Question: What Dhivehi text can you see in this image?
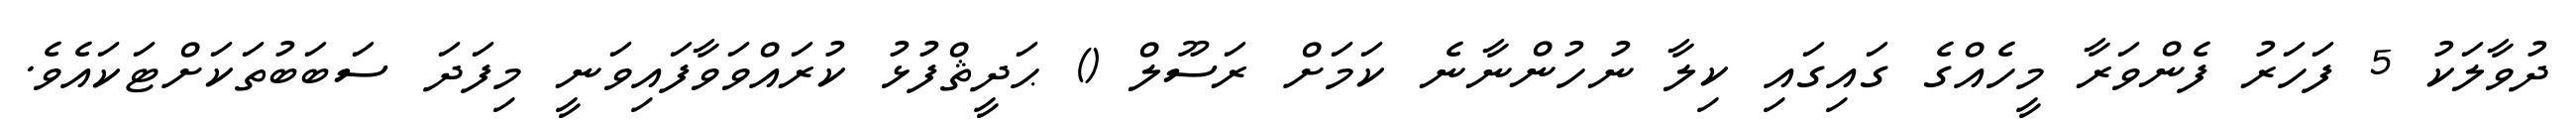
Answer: ދުވާލަކު 5 ފަހަރު ފެންވަރާ މީހެއްގެ ގައިގައި ކިލާ ނުހުންނާނެ ކަމަށް ރަސޫލް () ޙަދީޘްފުޅު ކުރައްވަވާފައިވަނީ މިފަދަ ސަބަބުތަކަށްޓަކައެވެ.